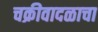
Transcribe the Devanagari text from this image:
चक्रीवादळाचा